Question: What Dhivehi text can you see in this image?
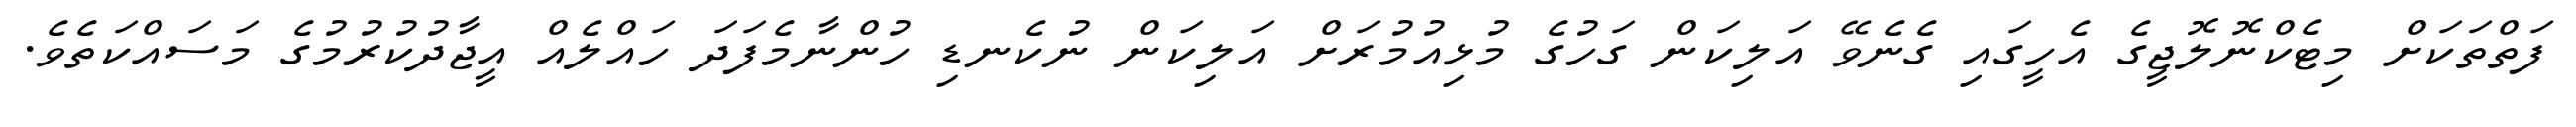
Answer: ފަތްތަކަށް މިޓެކްނޮލޮޖީގެ އެހީގައި ގެނެވޭ އަލިކަން ގަހުގެ މުޅިއުމުރަށް އަލިކަން ނުކެނޑި ހުންނާމެފަދަ ހައްލެއް އީޖާދުކުރުމުގެ މަސައްކަތެވެ.